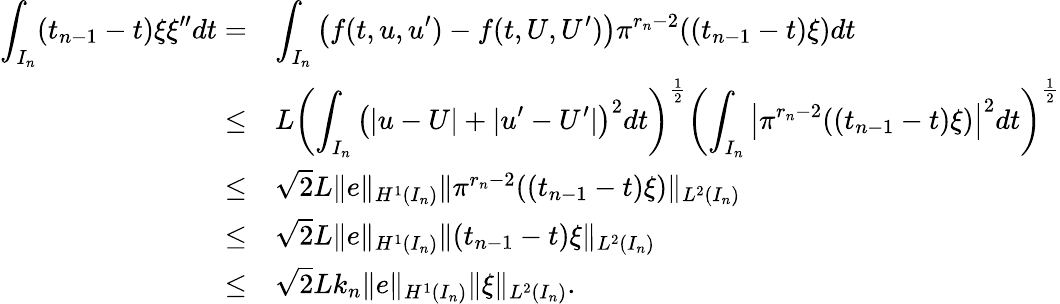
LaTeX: \begin{array}{r}{\begin{array}{rl}{\displaystyle\int_{I_{n}}(t_{n-1}-t)\xi\xi^{\prime\prime}dt=}&{\displaystyle\int_{I_{n}}\left(f(t,u,u^{\prime})-f(t,U,U^{\prime})\right)\pi^{r_{n}-2}((t_{n-1}-t)\xi)dt}\\ {\le}&{L\left(\displaystyle\int_{I_{n}}\left(|u-U|+|u^{\prime}-U^{\prime}|\right)^{2}dt\right)^{\frac{1}{2}}\left(\displaystyle\int_{I_{n}}\left|\pi^{r_{n}-2}((t_{n-1}-t)\xi)\right|^{2}dt\right)^{\frac{1}{2}}}\\ {\le}&{\sqrt{2}L\| e\| _{H^{1}(I_{n})}\| \pi^{r_{n}-2}((t_{n-1}-t)\xi)\| _{L^{2}(I_{n})}}\\ {\le}&{\sqrt{2}L\| e\| _{H^{1}(I_{n})}\| (t_{n-1}-t)\xi\| _{L^{2}(I_{n})}}\\ {\le}&{\sqrt{2}Lk_{n}\| e\| _{H^{1}(I_{n})}\| \xi\| _{L^{2}(I_{n})}.}\end{array}}\end{array}